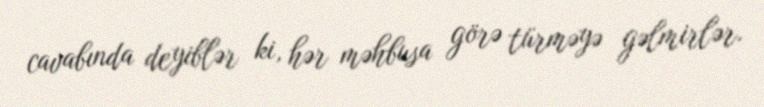
cavabında deyiblər ki, hər məhbusa görə türməyə gəlmirlər.